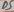
Text: D5